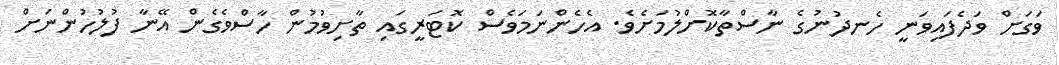
ވަގަށް ވަދެފައިވަނީ ހެނދުނުގެ ނާސްތާކޮށްލުމަށެވެ. އެހެންނަމަވެސް ކޮޓަރީގައި ތާށިވުމުން ހާސްވެގެން އޭނާ ފުލުހުންނަށް